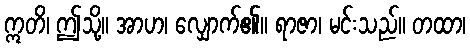
ဣတိ၊ ဤသို့။ အာဟ၊ လျှောက်၏။ ရာဇာ၊ မင်းသည်။ တထာ၊